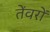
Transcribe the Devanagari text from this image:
तेंवरों